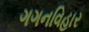
ગગનવિહાર